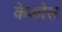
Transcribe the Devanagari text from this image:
केकोस